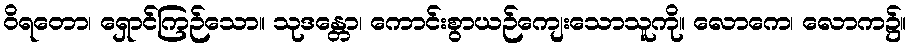
ဝိရတော၊ ရှောင်ကြဉ်သော။ သုဒန္တော၊ ကောင်းစွာယဉ်ကျေးသောသူကို။ လောကေ၊ လောက၌။